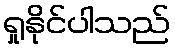
ရှုနိုင်ပါသည်